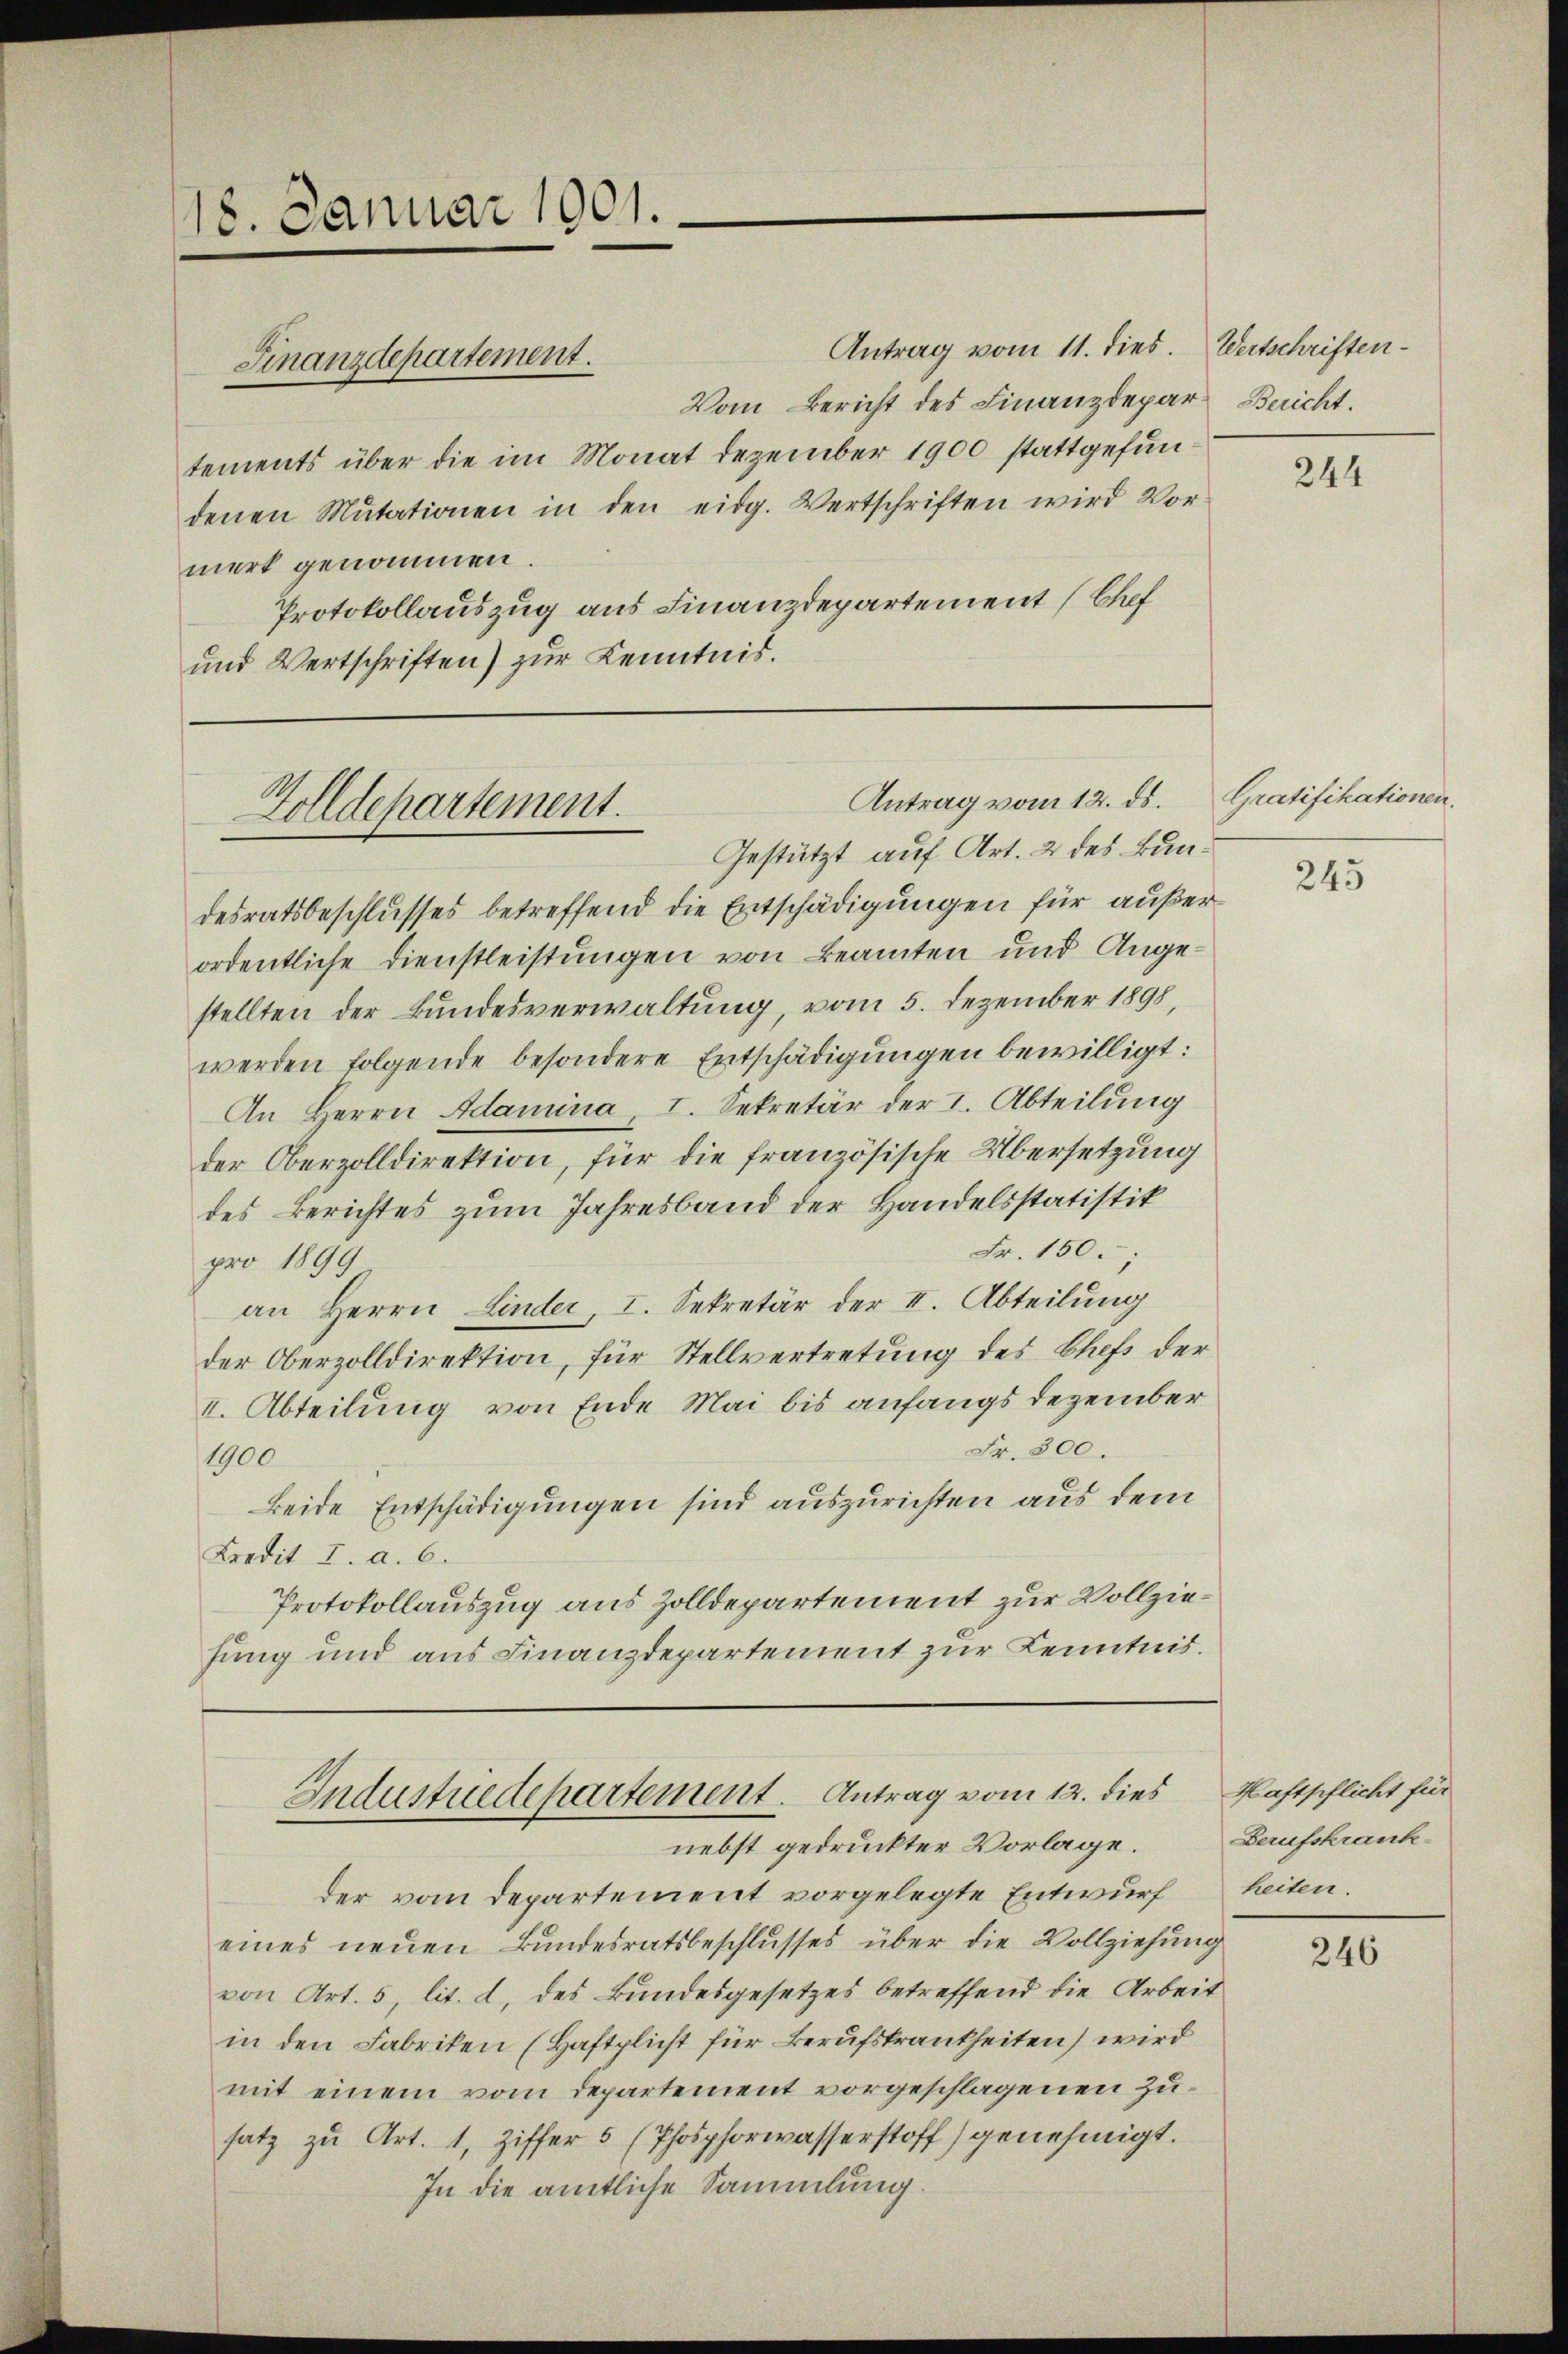
18. Januar 1901.

tements über die im Monat Dezember 1900 stattgefundenen Mutationen in den eidg. Wertschriften wird Vor
merk genommen
Protokollauszug aus Finanzdepartement Chef
und Wertschriften) zur Kenntnis.

Finanzdepartement.

Antrag vom 12. ds. Gratifikationen.
Golldepartement.
Gestützt auf Art. 2 des Bun¬

desratsbeschlusses betreffend die Entschädigungen für außerordentliche Dienstleistungen von Beamten und Angestellten der Bundesverwaltung, vom 5. Dezember 1898,
werden folgende besondere Entschädigungen bewilligt:
An Herrn Adamna, I. Sekretär der I. Abteilung
der Oberzolldirektion, für die französische Übersetzung
des Berichtes zum Jahresband der Handelsstatistik
Fr. 150.
pro 1899
an Herrn Linder, I. Sekretär der II. Abteilung
der Oberzolldirektion, für Stellvertretung des Chefs der
I. Abteilung von Ende Mai bis anfangs Dezember
Fr. 300.
1900
beide Entschädigungen sind auszurichten aus dem
Kredit I. a. 6.
Protokollauszug aus Zolldepartement zur Vollziehung und aus Finanzdepartement zur Kenntnis.

Industriedepartement. Antrag vom 12. dies
nebst gedruckter Vorlage.

Antrag vom 11. dies. Wertschriften¬
Vom Bericht des Finanzdepar¬

Bericht.

der vom Departement vorgelegte Entwurf
eines neuen Bundesratsbeschlusses über die Vollziehung
von Art. 5, lit. d, des Bundesgesetzes betreffend die Arbeit
in den Fabriken (Haftplicht für Berufskrankheiten) wird
mit einem vom Departement vorgeschlagenen Zusatz zu Art. 1, Ziffer 5 (Phosphorwasserstoff) genehmigt.
In die amtliche Sammlung.

244

245

Haftpflicht für
Berufskrank
heiten.

246